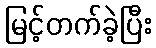
မြင့်တက်ခဲ့ပြီး